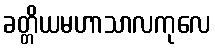
ခတ္တိယမဟာသာလကုလေ